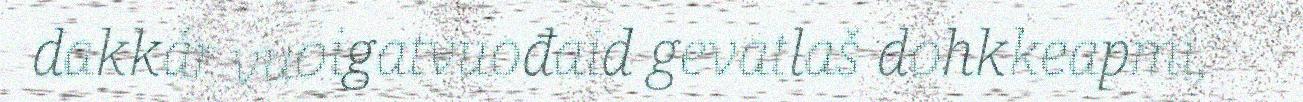
dakkár vuoigatvuođaid gevatlaš dohkkeapmi,